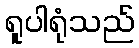
ရူပါရုံသည်